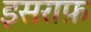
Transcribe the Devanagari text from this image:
इसराफ़